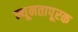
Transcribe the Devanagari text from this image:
न्यूनतापूरक